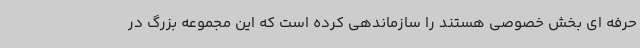
حرفه ای بخش خصوصی هستند را سازماندهی کرده است که این مجموعه بزرگ در